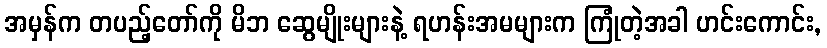
အမှန်က တပည့်တော်ကို မိဘ ဆွေမျိုးများနဲ့ ရဟန်းအမများက ကြုံတဲ့အခါ ဟင်းကောင်း,